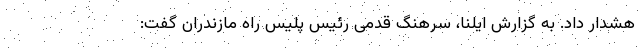
هشدار داد. به گزارش ایلنا، سرهنگ قدمی رئیس پلیس راه مازندران گفت: